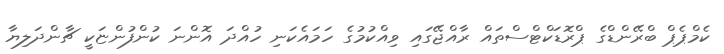
ކެމްޕެޕް ބްރޭންޑްގެ ޕްރޮޑަކްޓްސްތައް ރާއްޖޭގައި ވިއްކުމުގެ ހަމައެކަނި ހުއްދަ އޮންނަ ކުންފުންޏަކީ ޗާންދަލިޔާ